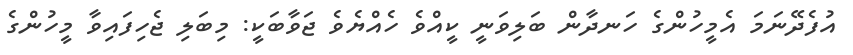
އުފެދޭނަމަ އެމީހުންގެ ހަނދާން ބަލިވަނީ ކީއްވެ ހެއްޔެވެ ޖަވާބަކީ: މިބަލި ޖެހިފައިވާ މީހުންގެ